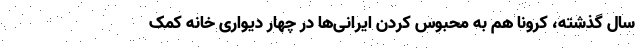
سال گذشته، کرونا هم به محبوس کردن ایرانی‌ها در چهار دیواری خانه کمک